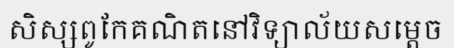
សិស្សពូកែគណិតនៅវិទ្យាល័យសម្តេច